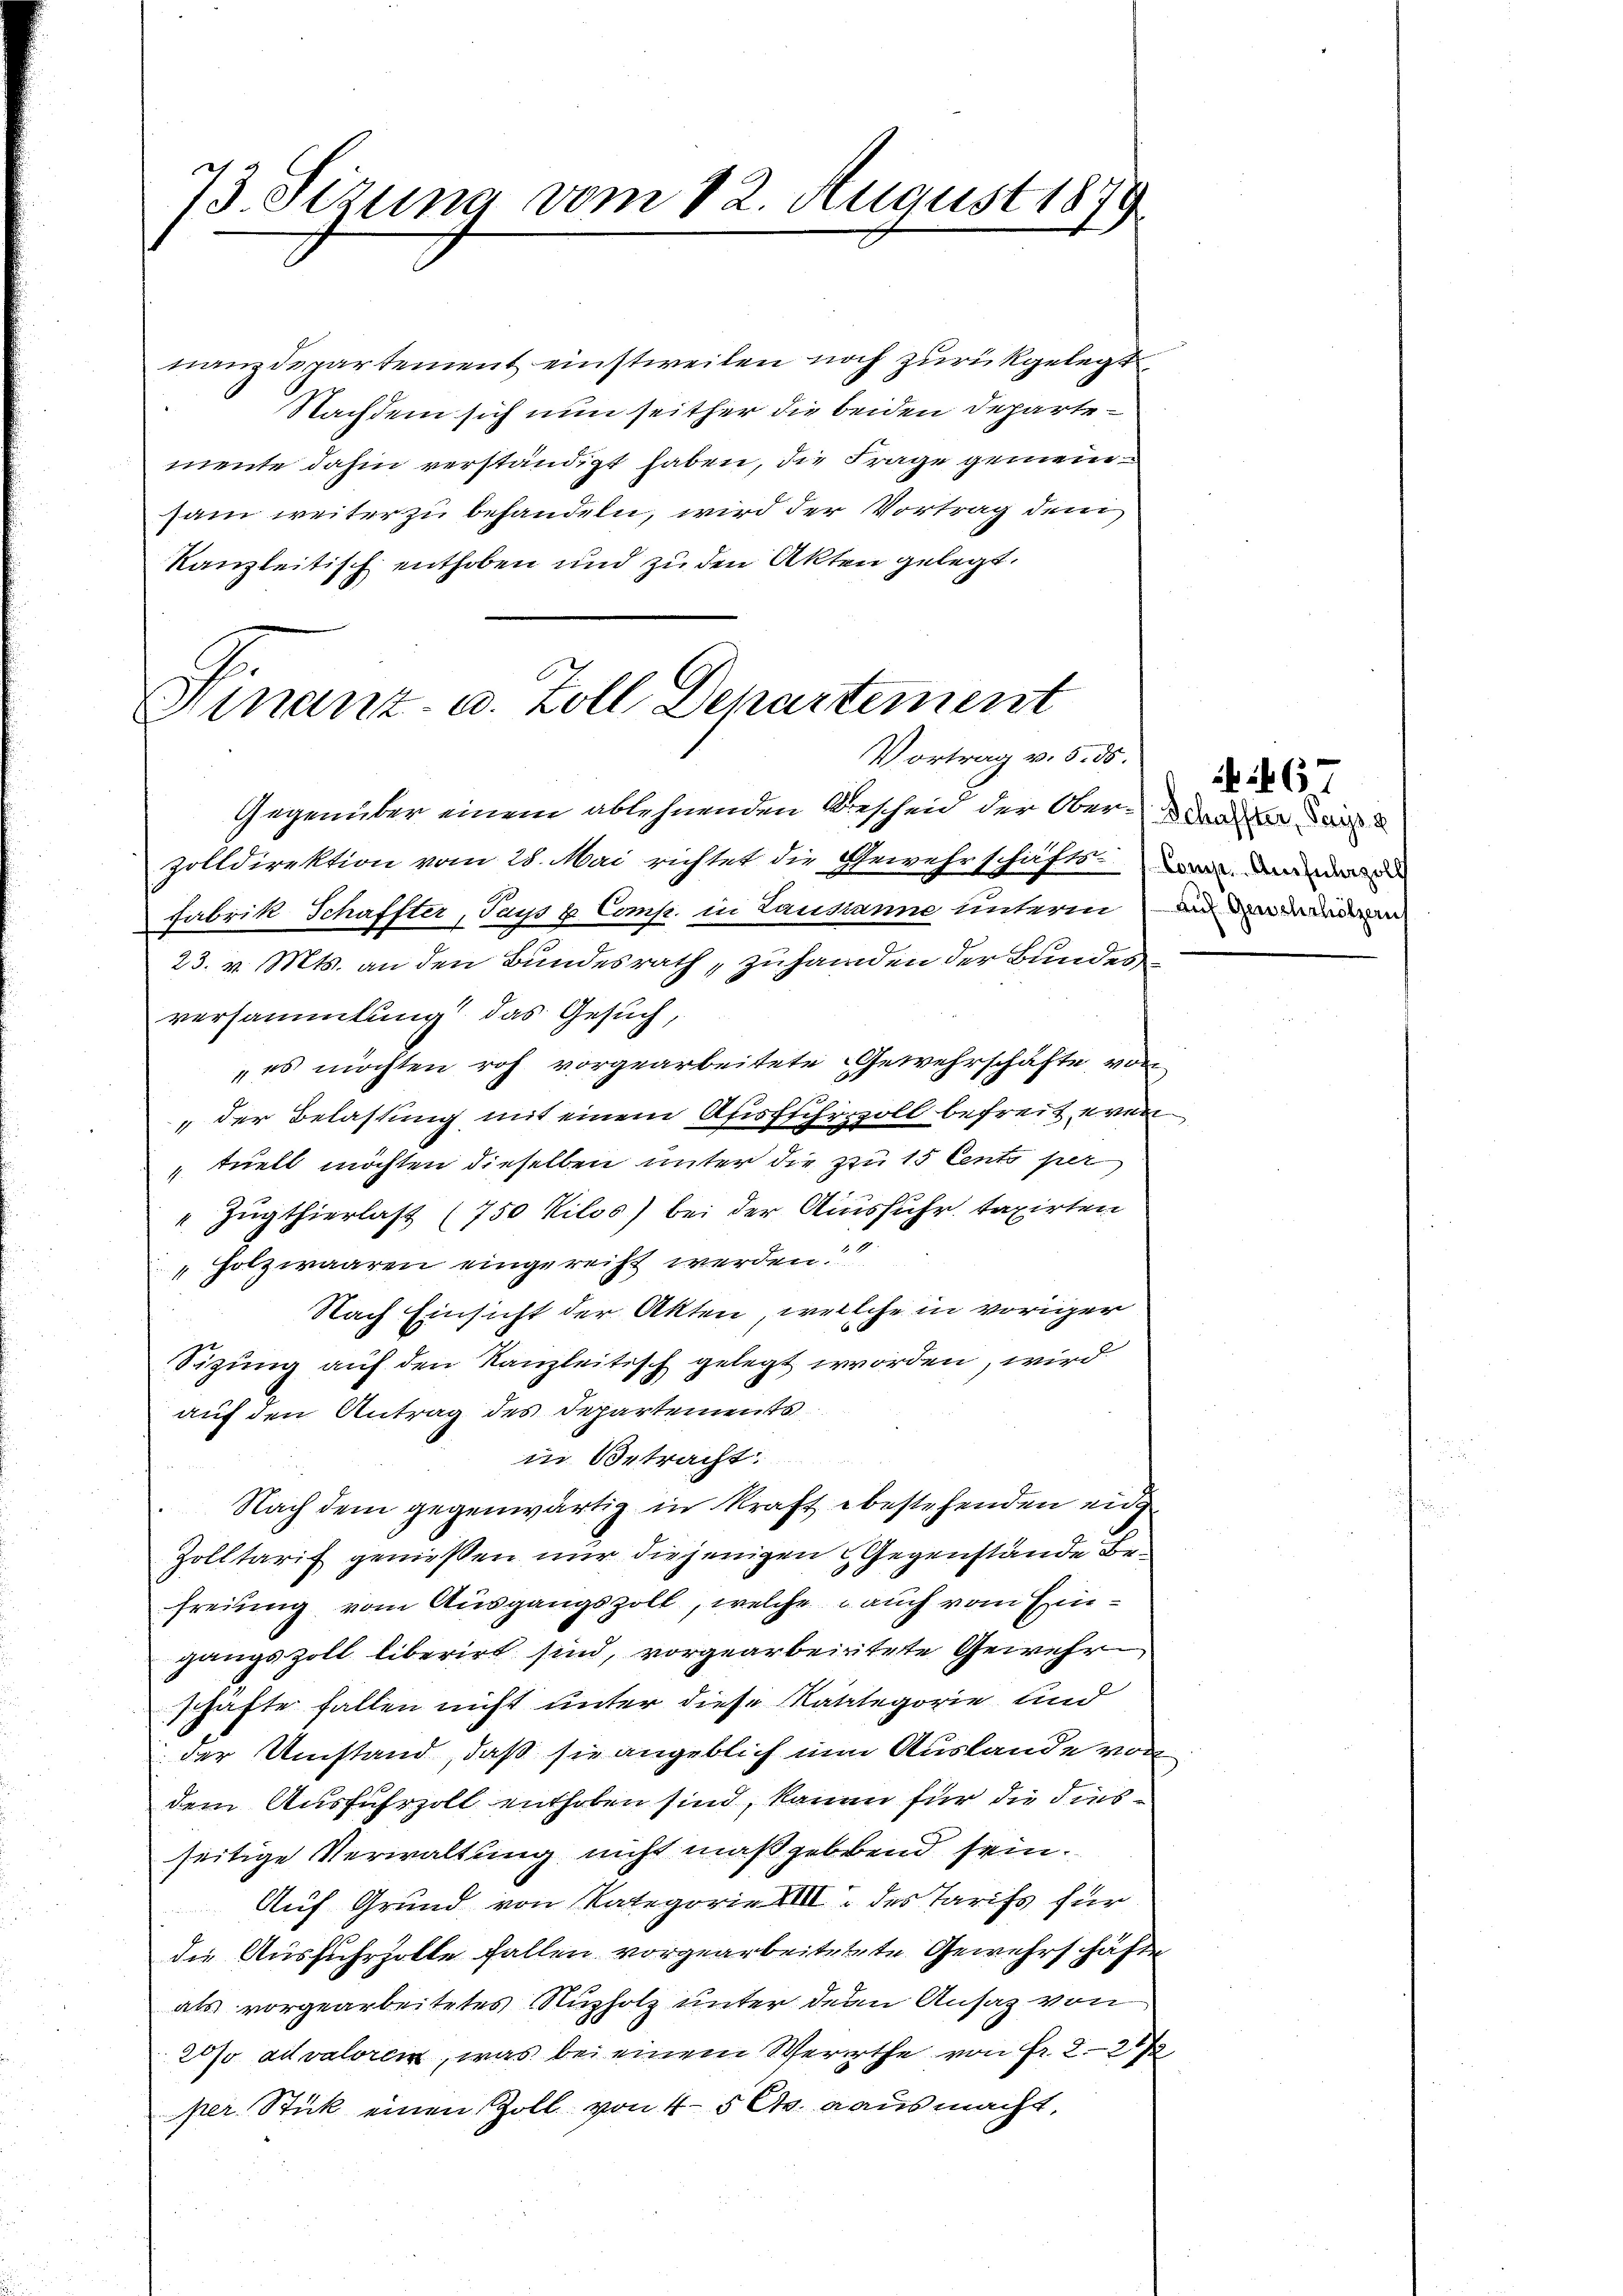
73. Sezung vom 12. August 1879

nanzdepartement einstweilen noch zurückgelegt
Nachdem sich nun seither die beiden Departemente dahin verständigt haben, die Frage gemeinsam weiter zu behandeln, wird der Vortrag dem
kanzleitisch enthoben und zu den Akten gelegt.
Gegenüber einem ablehnenden Bescheid der Obern da
zolldirektion vom 28. Mai richtet die Gewehrschäfts-, dan
Fabrik Schaffter, Pays u. Comp. in Lausanne unterm und
23. v. Mts. an den Bundesrath, zu handen der Bundes
versammlung das Gesuch,
„es möchten roh vorgearbeitete Gewehrschäfte, von
„der Belastung mit einem Afisfuhrzoll befreit even¬
"tuell möchten dieselben unter die zu 15 Cento per
"Zugthierlast (750 Kilos) bei der Ausfuhr taxirten
"Holzwaaren eingereist werden.
Nach Einsicht der Akten, welche in voriger
Sizung auf den Kanzleitisch gelegt worden, wird
auf den Antrag des Departements
in Betracht
Nach dem gegenwärtig in Kraft bestehenden eid
Zolltarif genießen nur diejenigen Gegenstände Befreiung vom Ausgangszoll, welche auch vom Eingangszoll liberirt sind, vorgearbeitete Gewehrschäfte fallen nicht unter diese Kategorie und
der Umstand, daß sie angeblich nun Auslande von
dem Ausfuhrzoll enthoben sind, kann für die diesseitige Verwaltung nicht maßgebend sein.
Auf Grund von Kategorie XIII des Tarifs für
die Ausfuhrzolle fallen vorgearbeitetete Gewehrschäfte
als vorgearbeitetes Nuzholz unter dem Ansaz von
20% aitvaloren, was bei einem Werthe von Fr. 221
per Stick einen Zoll von 4-5 Cts. ausmacht,

Hinanz- u. Zoll Departement
Vortrag v. 5. 55.

67